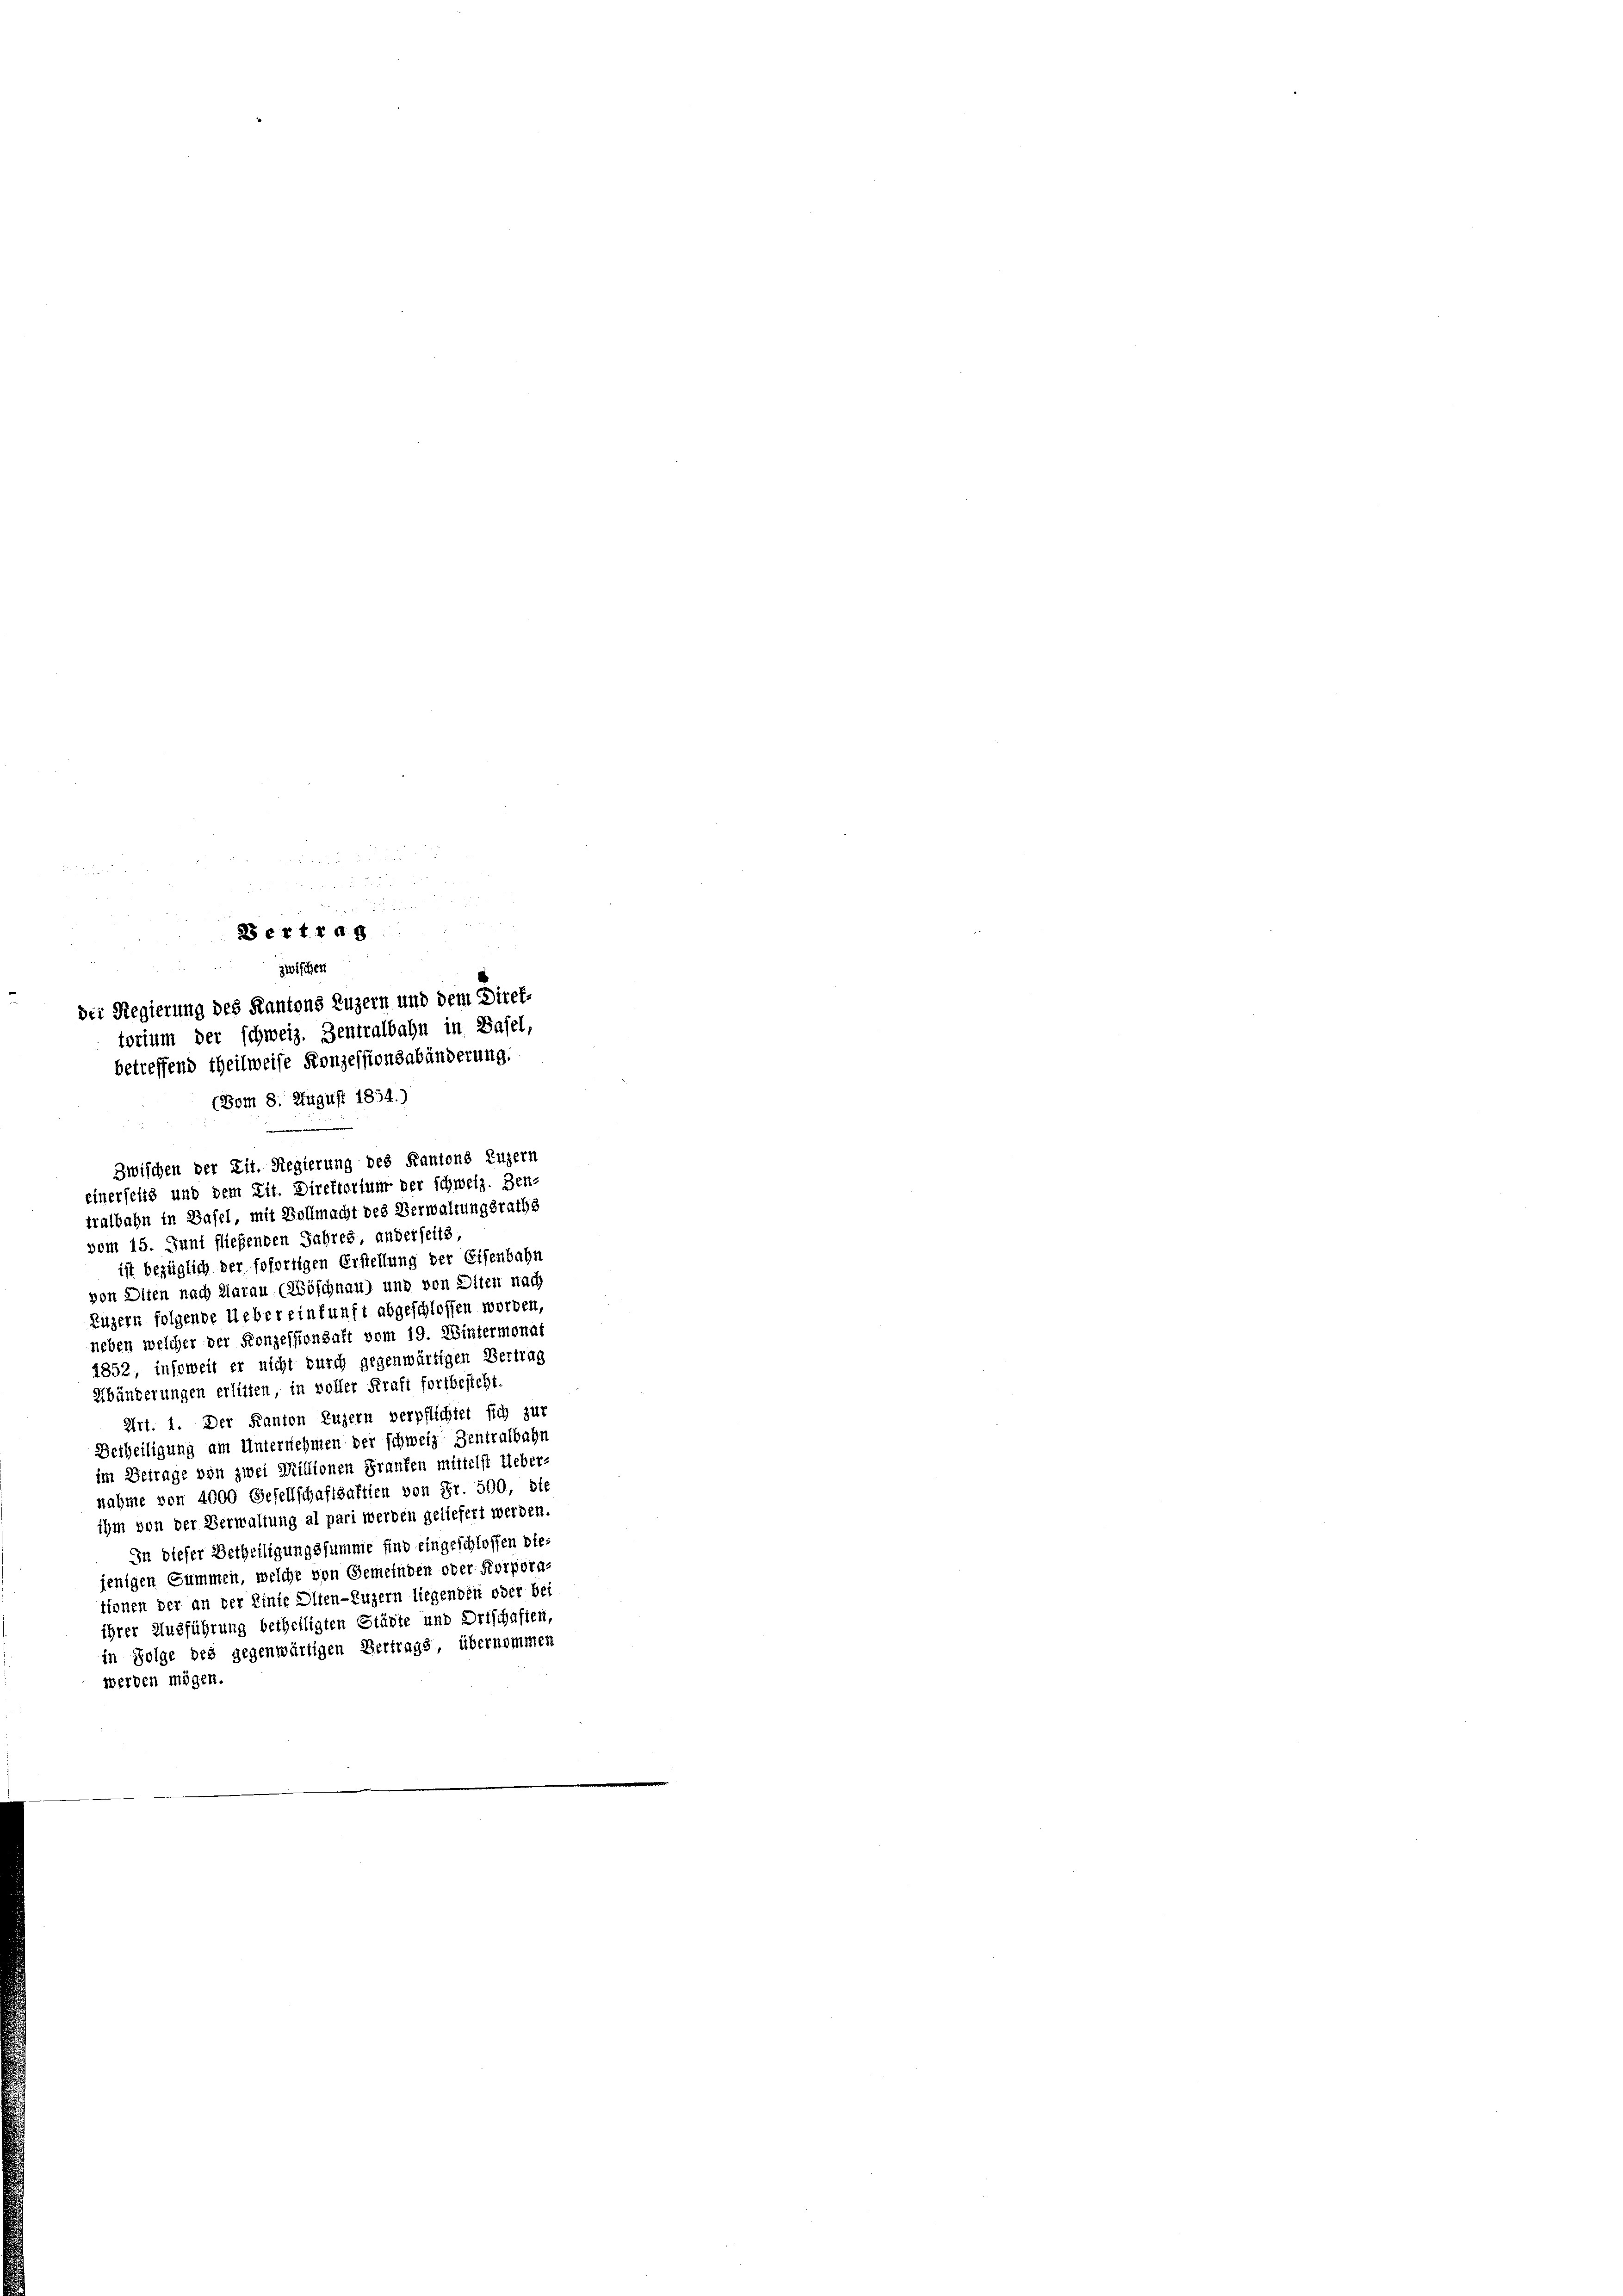
Zwischen der Lit. Regierung des Kantons Luzern
einerseits und dem Tit. Direktorfung der schweiz. Zen-
tralbahn in Basel, mit Vollmacht des Verwaltungsraths

vom 15. Juni fließenden Jahres, anderseits,
ist bezüglich der sofortigen Erstellung der Eisenbahn
von Olten nach Aarau (Wöschnau) und von Olten nach
Luzern folgende Ueber einkunft abgeschlossen worden,
neben welcher der Konzessionsaft vom 19. Wintermonat
1852, insoweit er nicht durch gegenwärtigen Vertrag
Hbünderungen erlitten, in voller Kraft fortbesteht.
Art. 1. Der Kanton Luzern verpflichtet sich zur
Betheiligung am Unternehmen der schweiz Zentralbahr
im Betrage von zwei Millionen Franken mittelst Ueber-
nahme von 4000 Gesellschaftsaktien von Fr. 500, die
ihm von der Verwaltung al pari werden geliefert werden.
In dieser Betheiligungssumme find eingeschlossen diejenigen Summen, welche von Gemeinden oder Korpora-
tionen der an der Einte Olten-Luzern liegenden oder bei
ihrer Ausführung betheiligten Stärte und Ortschaften,
in Folge des gegenwärtigen Vertrags, übernommen
werden mögen.

:

B extra 8
zwischen
Der Regierung des Kantons Luzern und dem Direktorium der schweiz. Zentralbahn in Basel,
betreffend theilweise Konzessionsabänderung.
(Bom 8. August 1834.